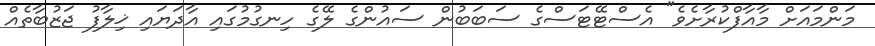
މަންމައަށް މާއާފްކުރާށެވެ" އެސްޓޭޓަސްގެ ސަބަބުން ސައުންގެ ލޭގެ ހިނގުމުގައި އާދަޔައި ޚިލާފު ޖަޒުބާތެއް